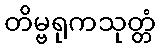
တိမ္ဗရုကသုတ္တံ